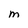
Character: M